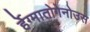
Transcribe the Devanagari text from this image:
र्हेग्मातोगेनोउस